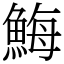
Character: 䱕